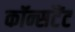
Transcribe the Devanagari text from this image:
कॉन्सटैंट